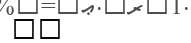
٨٠